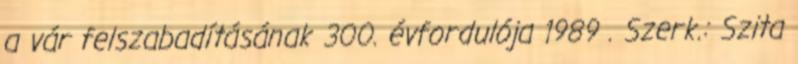
a vár felszabadításának 300. évfordulója 1989 . Szerk.: Szita